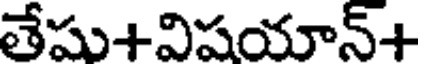
తేషు+విషయాన్+